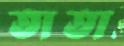
তাতা